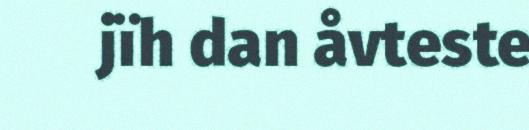
jïh dan åvteste